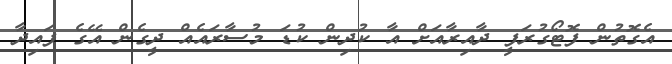
އެގޮތުން ފޮޓޯގުރަފީ ދާއިރާއަށް އާ ކުދިން ކުޑަ މުސާރައެއް ދީގެން އޭގެ ފައިދާ